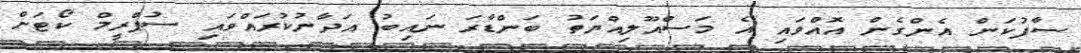
ސާފުކަން އެންގެން އޮއްވައި އެ މަސްއޫލިއްޔަތު ބަންޑާރަ ނައިބު އަދާނުކުރައްވައި ސުޕްރީމް ކޯޓަށް